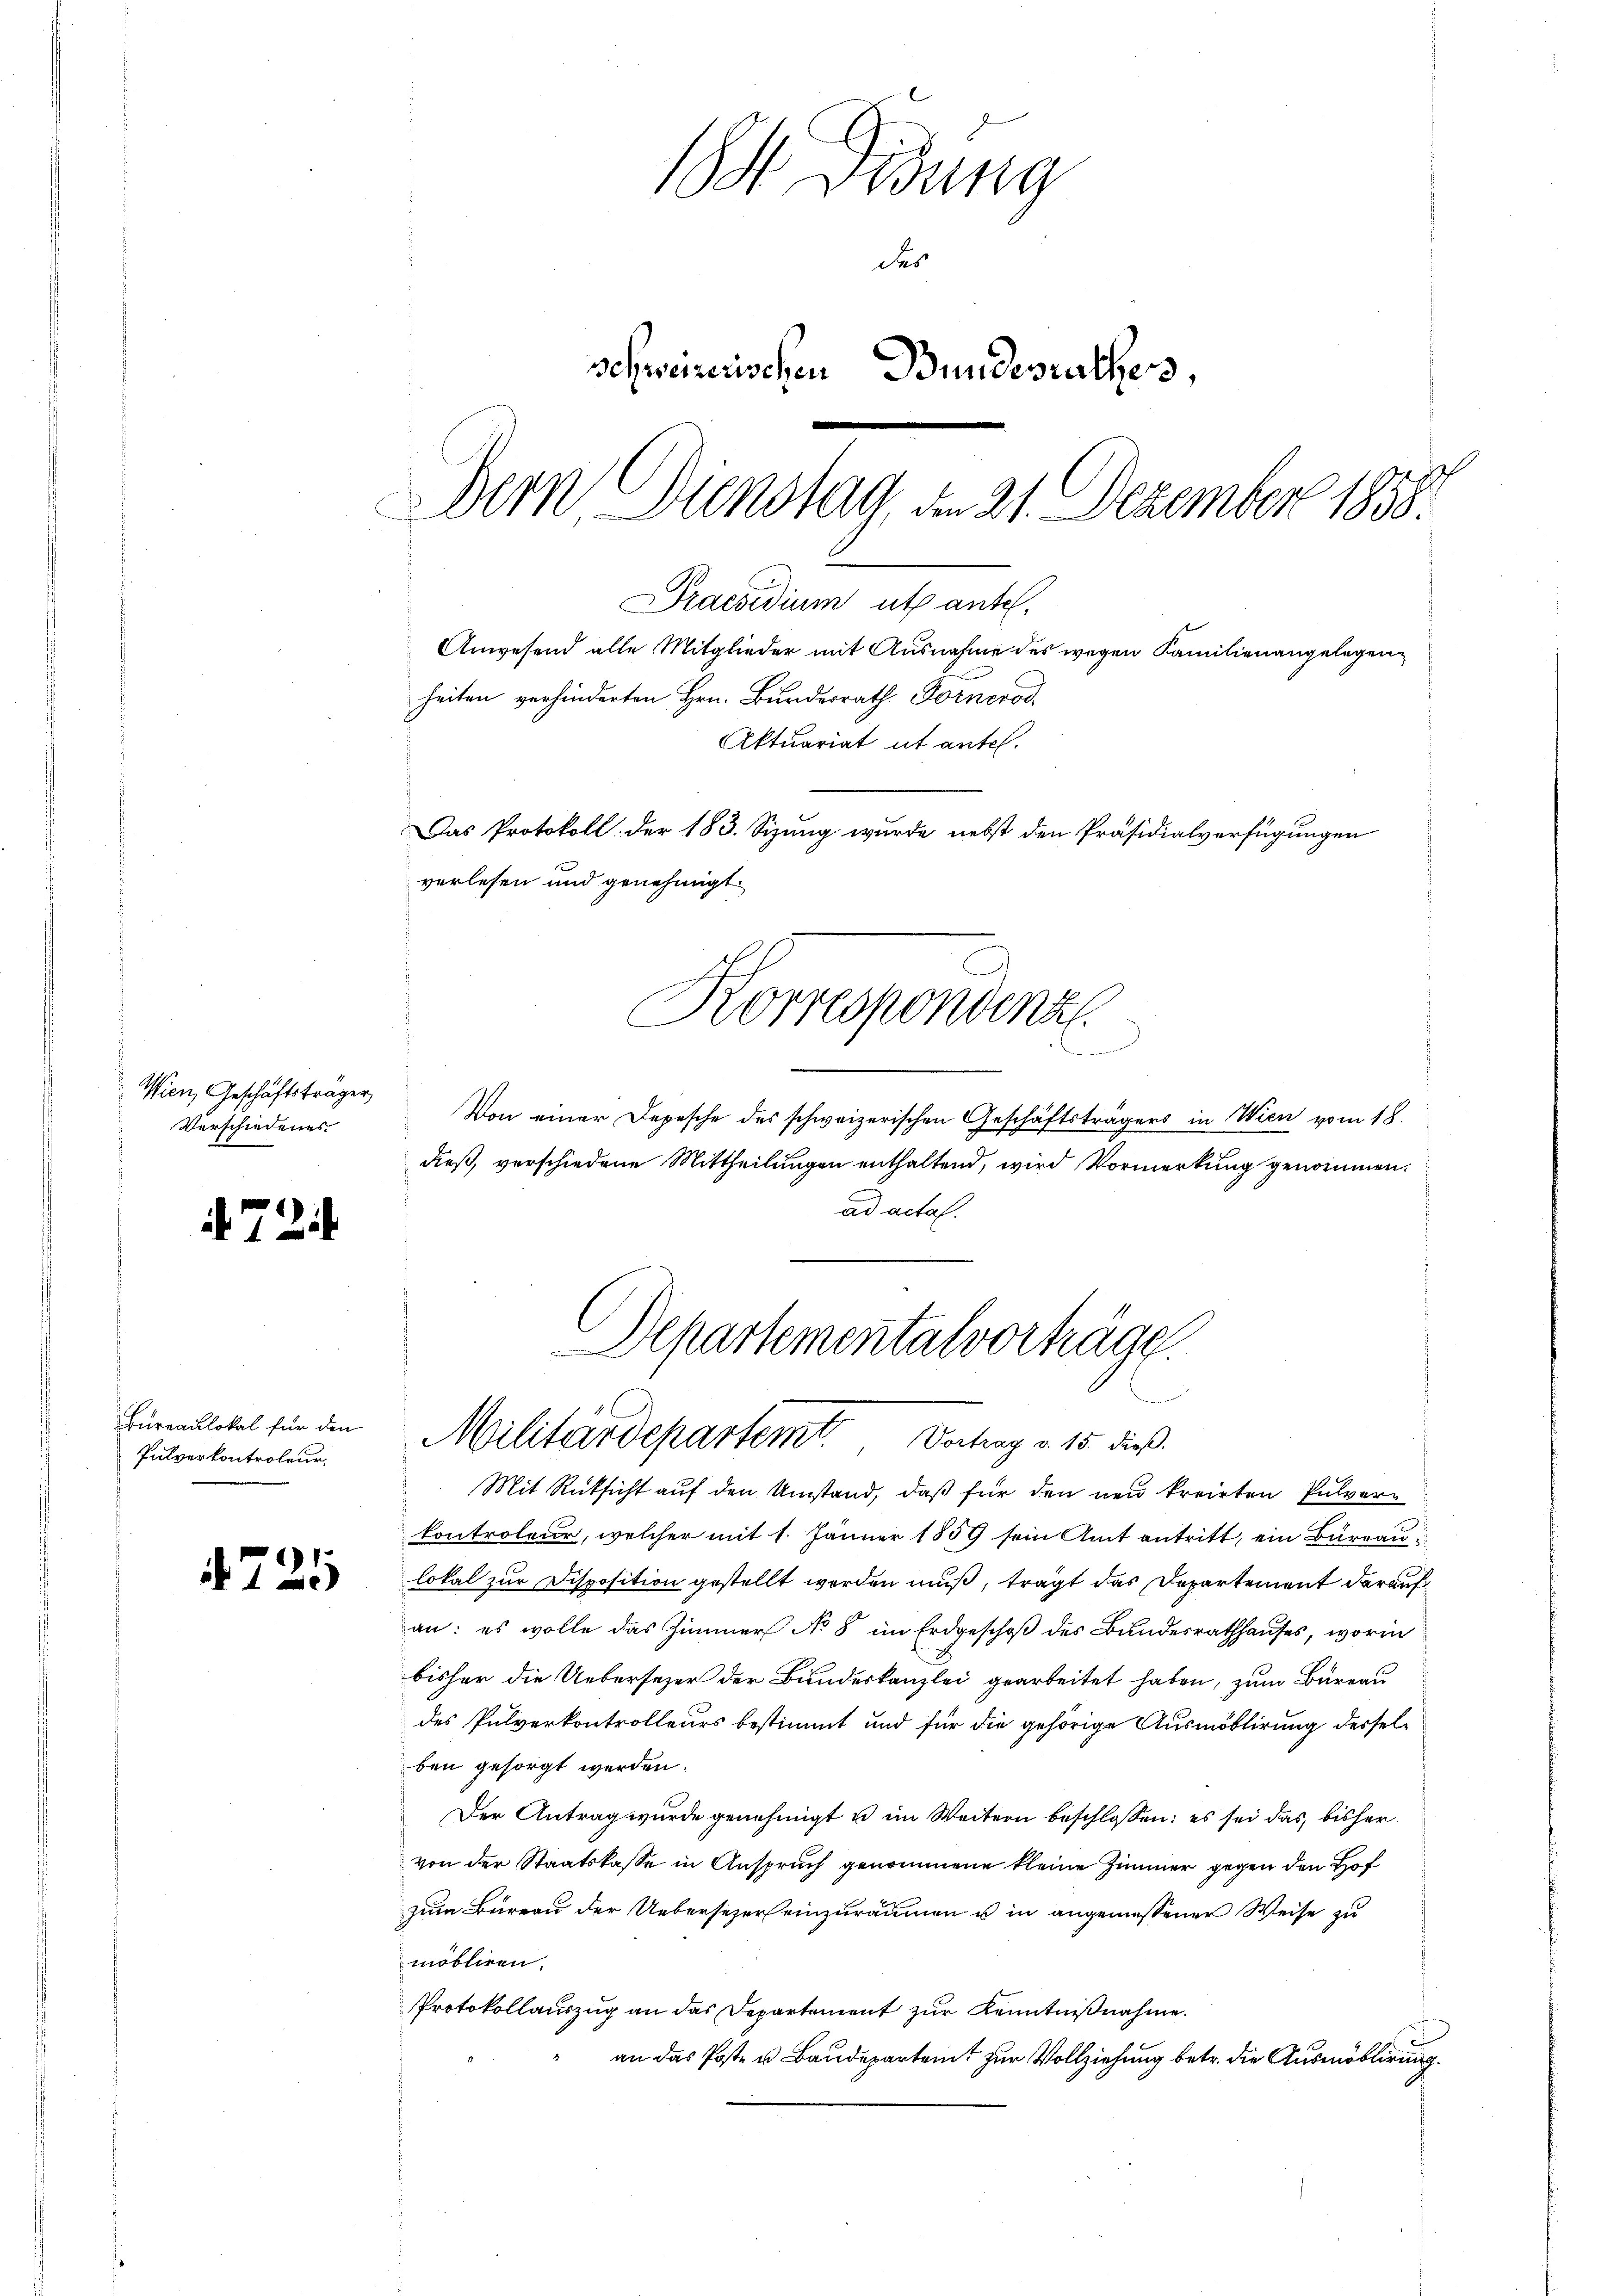
Wien, Geschäftsträger
Verschiedenes

724

Bureaulokal für den
Pulverkontroleur

721

184. Disung
des
schweizerischen Bundesrathes,
Dem Dienstag, den 21. Dezember 1858.
Praesidium ut antel.
Anwesend alle Mitglieder mit Ausnahme des wegen Familienangelegenheiten verhinderten Hrn. Bundesrath Fornerod
Aktuariat ut antel.
Das Protokoll. Der 183. Sizung wurde nebst den Präsidialverfügungen
verlesen und genehmigt.

Von einer Depesche des schweizerischen Geschäftsträgers in Wien vom 18.
dieß, verschiedene Mittheilungen enthaltend, wird Vormerkung genommen.
ad actal.
Mit Rücksicht auf den Umstand, daß für den neu kreisten Pulver¬
Controleur, welcher mit 1. Jänner 1859 sein Amt antritt, ein Büreau
lokal zur Disposition gestellt worden muß, trägt das Departement darauf
an: es wolle das Zimmer No 8 im Erdgeschoß des Bundesrathhauses, worin
bisher die Ueberseher der Bundeskanzlei gearbeitet haben, zum Bureau
des Pulverkontrolleurs bestimmt und für die gehörige Ausmöblirung desselben gesorgt werden.
Der Antrag wurde genehmigt u im Weitern beschlossen: es sei das bisher
von der Staatskasse in Anspruch genommene kleine Zimmer gegen den Hof
zum Bureau der Uebersezers einzuräumen u in angemessener Weise zu
möbliren.
Protokollauszug an das Departement zur Kenntnißnahme.
an das Poste u Baudepartamt zur Vollziehung betr. die Ausmöblirung.

Korrespondenz

e

Departementalverhäge
Militärdepartemt. Vortrag v. 15. dieß.